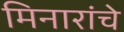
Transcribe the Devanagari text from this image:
मिनारांचे